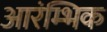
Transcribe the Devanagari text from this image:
आरंम्भिक